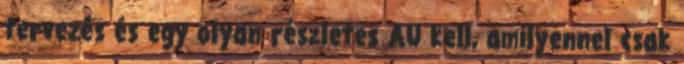
tervezés és egy olyan részletes AU kell, amilyennel csak